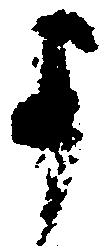
よ